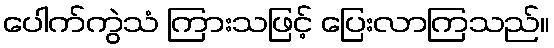
ပေါက်ကွဲသံ ကြားသဖြင့် ပြေးလာကြသည်။